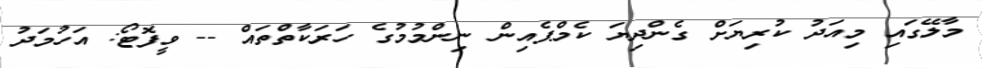
މާލޭގައި މިއަދު ކުރިޔަށް ގެންދިޔަ ކެމްޕެއިން ނިންމުމުގެ ހަރަކާތްތައް -- ވީފޮޓޯ: އަހުމަދު